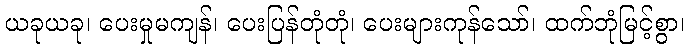
ယခုယခု၊ ပေးမှုမကျန်၊ ပေးပြန်တုံတုံ၊ ပေးများကုန်သော်၊ ထက်ဘုံမြင့်စွာ၊